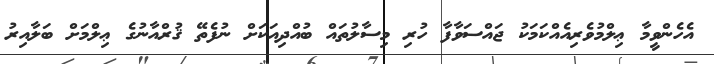
އެހެންވީމާ ޢިލްމުވެރިއެއްކަމަކު ޖައްސަވާފާ ހުރި މިސާލުތައް ބުއްދިއަކަށް ނުފެތޭ ޤުރްއާނުގެ ޢިލްމަށް ބަލާއިރު